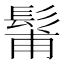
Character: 𩭗